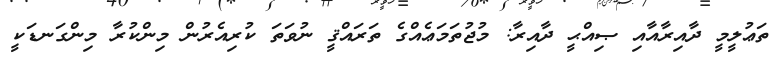
ތަޢުލީމީ ދާއިރާއާއި ޞިއްޙީ ދާއިރާ: މުޖުތަމަޢެއްގެ ތަރައްޤީ ނުވަތަ ކުރިއެރުން މިންކުރާ މިންގަނޑަކީ